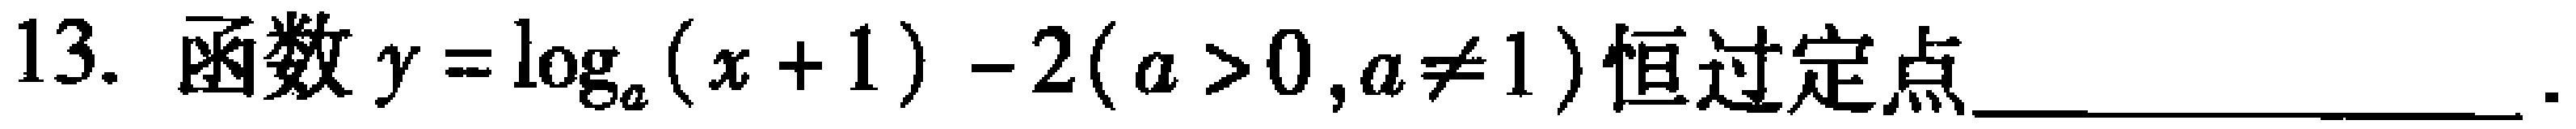
13. 函数\(y = \log_{a}(x + 1) - 2(a > 0,a\neq 1)\)恒过定点_________________.